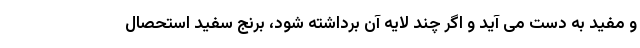
و مفید به دست می آید و اگر چند لایه آن برداشته شود، برنج سفید استحصال